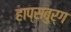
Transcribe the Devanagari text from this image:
हाप्सबुर्ग